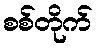
စစ်တိုက်